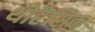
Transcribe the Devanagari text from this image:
थोरैसिक